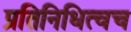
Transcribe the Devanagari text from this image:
प्रतिनिधित्वच